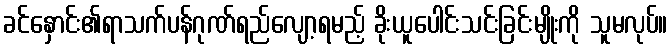
ခင်နှောင်း၏ရာသက်ပန်ဂုဏ်ရည်လျော့ရမည့် ခိုးယူပေါင်းသင်းခြင်းမျိုးကို သူမလုပ်။